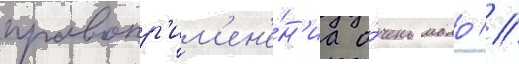
правопр'им'ен'е́н'иа о́чень мало //